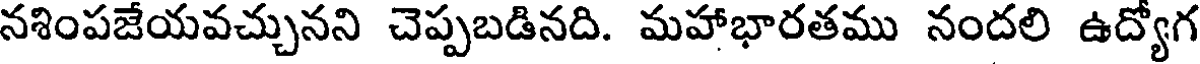
నశింపజేయవచ్చునని చెప్పబడినది. మహాభారతము నందలి ఉద్యోగ